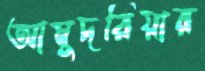
আমুদরিয়ার